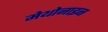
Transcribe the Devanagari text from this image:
मेथोनाइन